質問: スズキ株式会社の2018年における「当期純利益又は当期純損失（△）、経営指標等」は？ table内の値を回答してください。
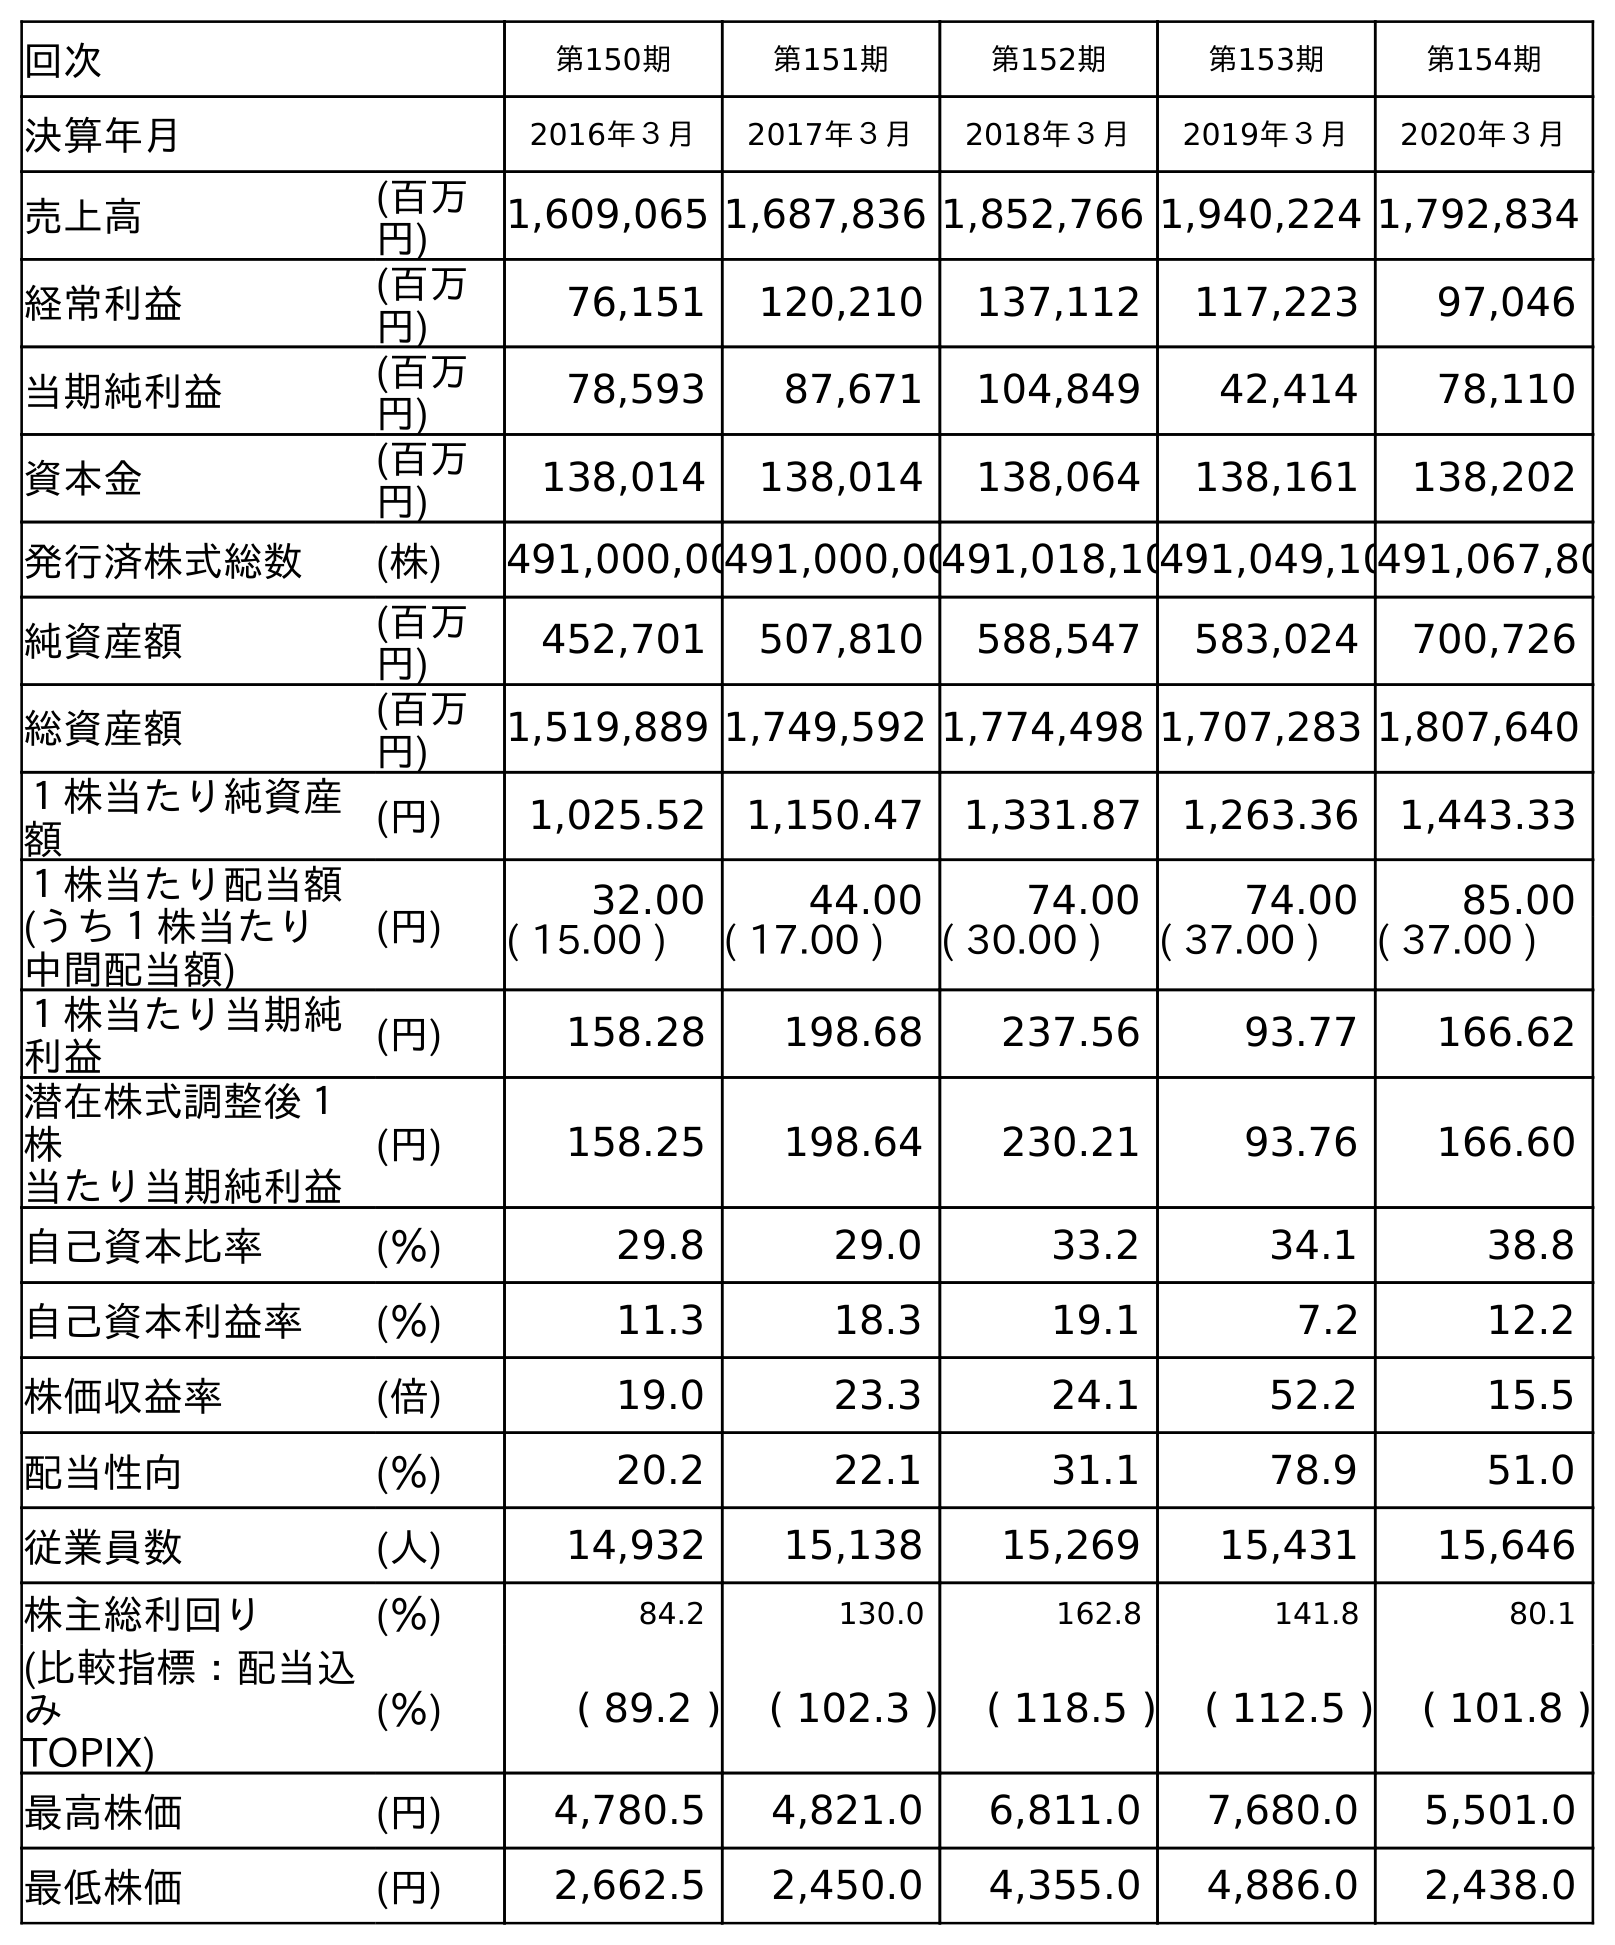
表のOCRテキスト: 回次 第150期 第151期 第152期 第153期 第154期 決算年月 2016年３月 2017年３月 2018年３月 2019年３月 2020年３月 売上高 (百万 円) 1,609,065 1,687,836 1,852,766 1,940,224 1,792,834 経常利益 (百万 円) 76,151 120,210 137,112 117,223 97,046 当期純利益 (百万 円) 78,593 87,671 104,849 42,414 78,110 資本金 (百万 円) 138,014 138,014 138,064 138,161 138,202 発行済株式総数 (株) 491,000,00491,000,00491,018,10491,049,10491,067,80 純資産額 (百万 円) 452,701 507,810 588,547 583,024 700,726 総資産額 (百万 円) 1,519,889 1,749,592 1,774,498 1,707,283 1,807,640 １株当たり純資産 額 (円) 1,025.52 1,150.47 1,331.87 1,263.36 1,443.33 １株当たり配当額 (うち１株当たり 中間配当額) (円) 32.00 44.00 74.00 74.00 85.00 ( 15.00 ) ( 17.00 ) ( 30.00 ) ( 37.00 ) ( 37.00 ) １株当たり当期純 利益 (円) 158.28 198.68 237.56 93.77 166.62 潜在株式調整後１ 株 当たり当期純利益 (円) 158.25 198.64 230.21 93.76 166.60 自己資本比率 (％) 29.8 29.0 33.2 34.1 38.8 自己資本利益率 (％) 11.3 18.3 19.1 7.2 12.2 株価収益率 (倍) 19.0 23.3 24.1 52.2 15.5 配当性向 (％) 20.2 22.1 31.1 78.9 51.0 従業員数 (人) 14,932 15,138 15,269 15,431 15,646 株主総利回り (％) 84.2 130.0 162.8 141.8 80.1 (比較指標：配当込 み TOPIX) (％) ( 89.2 ) ( 102.3 ) ( 118.5 ) ( 112.5 ) ( 101.8 ) 最高株価 (円) 4,780.5 4,821.0 6,811.0 7,680.0 5,501.0 最低株価 (円) 2,662.5 2,450.0 4,355.0 4,886.0 2,438.0
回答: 104,849